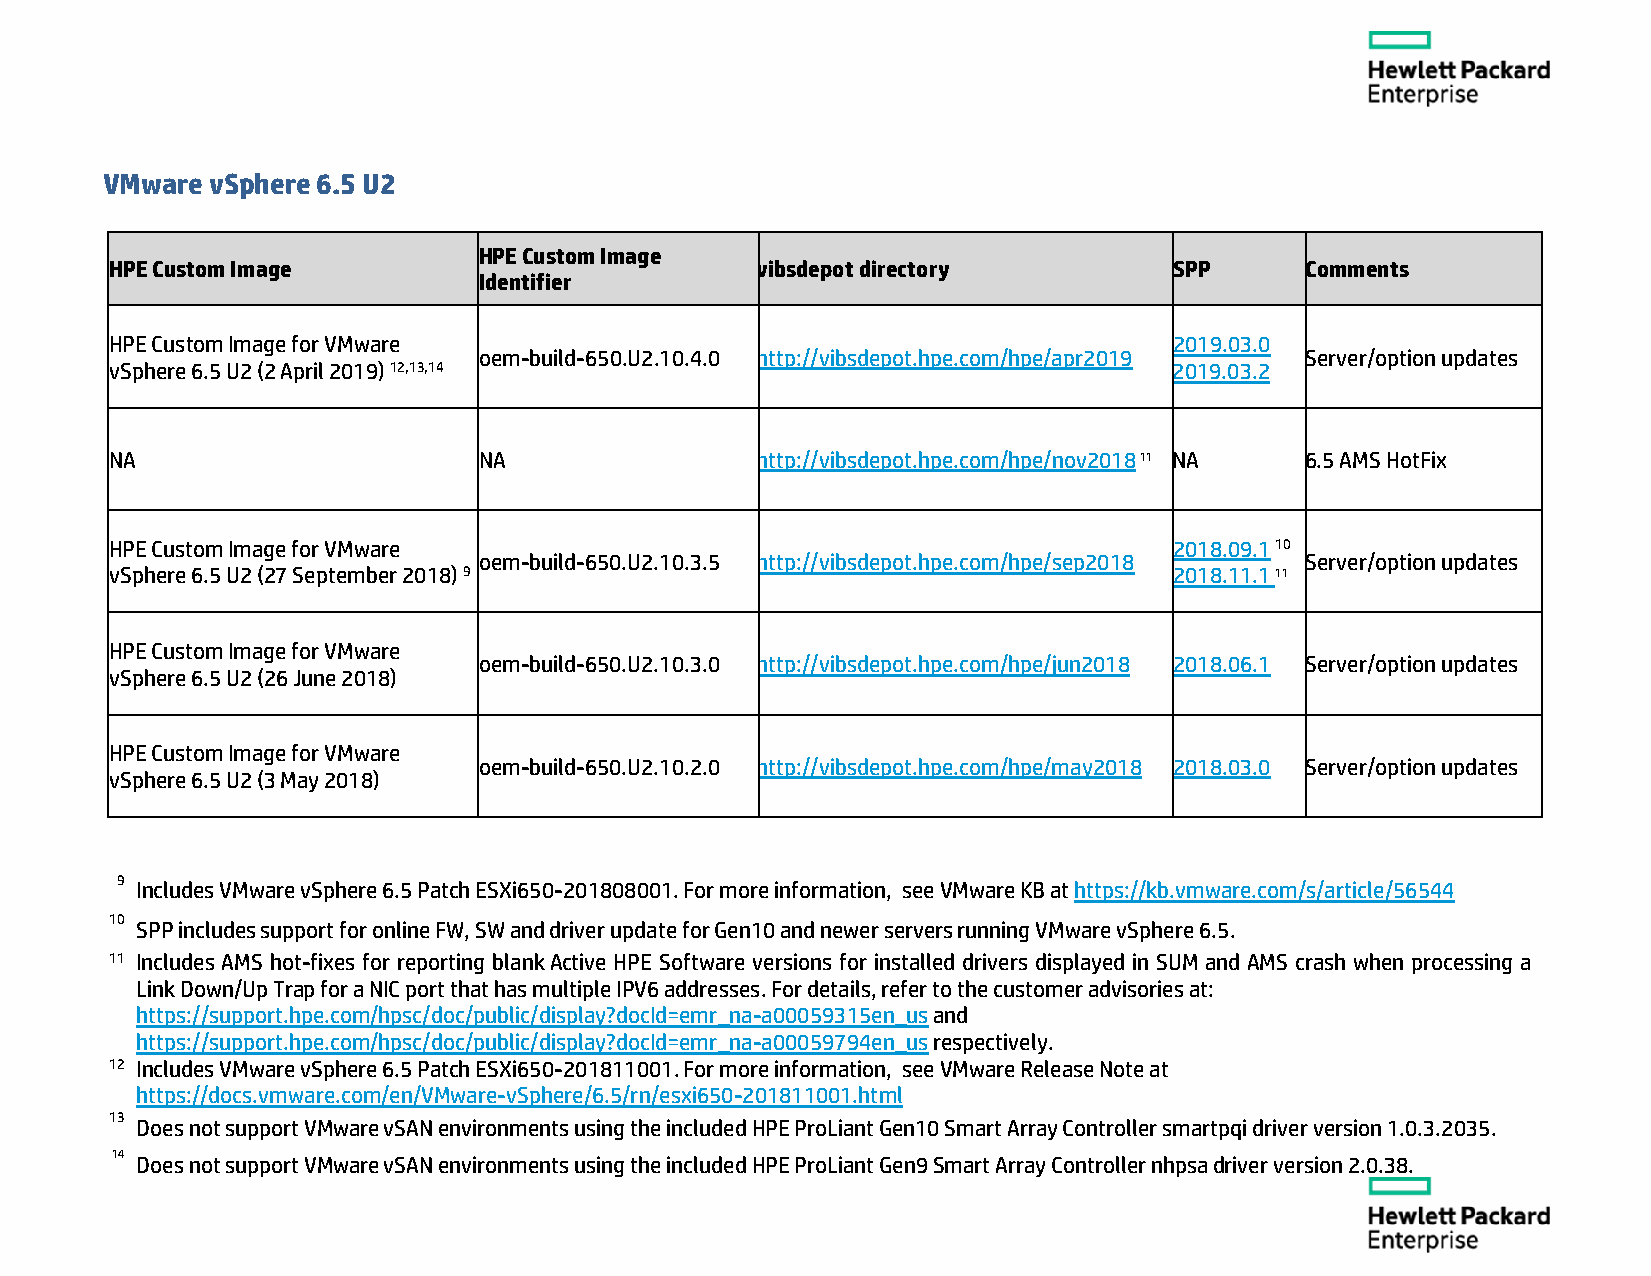
VMware vSphere 6.5 U2
 HPE Custom Image
 HPE Custom Image                           vibsdepot directory         SPP     Comments
 Identifier
 HPE Custom Image for VMware                                            2019.03.0
 oem-build-650.U2.10.4.0 http://vibsdepot.hpe.com/hpe/apr2019 Server/option updates
 vSphere 6.5 U2 (2 April 2019) 12,13,14                                 2019.03.2
 NA                       NA                http://vibsdepot.hpe.com/hpe/nov2018 11 NA 6.5 AMS HotFix
 HPE Custom Image for VMware                                            2018.09.1 10
 oem-build-650.U2.10.3.5 http://vibsdepot.hpe.com/hpe/sep2018 Server/option updates
 vSphere 6.5 U2 (27 September 2018) 9                                   2018.11.1 11
 HPE Custom Image for VMware
 oem-build-650.U2.10.3.0 http://vibsdepot.hpe.com/hpe/jun2018 2018.06.1 Server/option updates
 vSphere 6.5 U2 (26 June 2018)
 HPE Custom Image for VMware
 oem-build-650.U2.10.2.0 http://vibsdepot.hpe.com/hpe/may2018 2018.03.0 Server/option updates
 vSphere 6.5 U2 (3 May 2018)
 9
 Includes VMware vSphere 6.5 Patch ESXi650-201808001. For more information, see VMware KB at https://kb.vmware.com/s/article/56544
 10
 SPP includes support for online FW, SW and driver update for Gen10 and newer servers running VMware vSphere 6.5.
 11 Includes AMS hot-fixes for reporting blank Active HPE Software versions for installed drivers displayed in SUM and AMS crash when processing a
 Link Down/Up Trap for a NIC port that has multiple IPV6 addresses. For details, refer to the customer advisories at:
 https://support.hpe.com/hpsc/doc/public/display?docId=emr_na-a00059315en_us and
 https://support.hpe.com/hpsc/doc/public/display?docId=emr_na-a00059794en_us respectively.
 12 Includes VMware vSphere 6.5 Patch ESXi650-201811001. For more information, see VMware Release Note at
 https://docs.vmware.com/en/VMware-vSphere/6.5/rn/esxi650-201811001.html
 13
 Does not support VMware vSAN environments using the included HPE ProLiant Gen10 Smart Array Controller smartpqi driver version 1.0.3.2035.
 14 Does not support VMware vSAN environments using the included HPE ProLiant Gen9 Smart Array Controller nhpsa driver version 2.0.38.